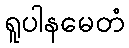
ရူပါနမေတံ